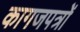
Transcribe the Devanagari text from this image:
कागजपत्रों